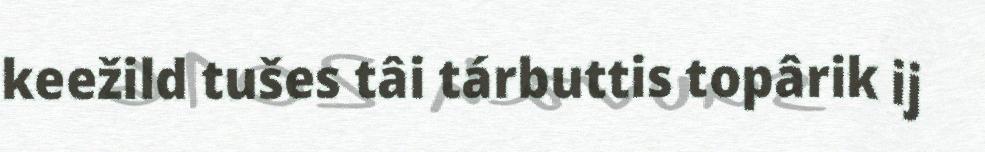
keežild tušes tâi tárbuttis topârik ij